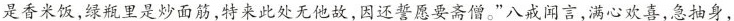
是香米饭，绿瓶里是炒面筋，特来此处无他故，因还誓愿要斋僧。”八戒闻言，满心欢喜，急抽身，